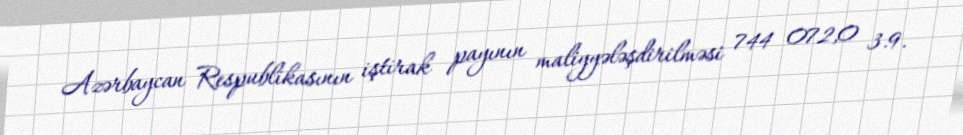
Azərbaycan Respublikasının iştirak payının maliyyələşdirilməsi 744 072,0 3.9.